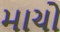
માચો